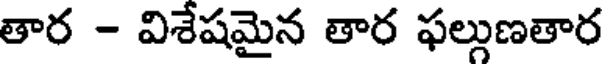
తార - విశేషమైన తార ఫల్గుణతార